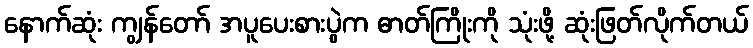
နောက်ဆုံး ကျွန်တော် အပူပေးစားပွဲက ဓာတ်ကြိုးကို သုံးဖို့ ဆုံးဖြတ်လိုက်တယ်